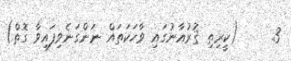
3.     (ކީރިތި ޤުރުއާނުގައި ވާހަކަތައް ނަންގަނެވިފައިވާ ގޮތް)